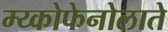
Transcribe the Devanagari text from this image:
म्य्कोफेनोलाते